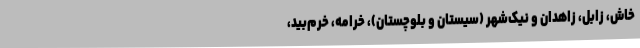
خاش، زابل، زاهدان و نیک‌شهر (سیستان و بلوچستان)، خرامه‌، خرم‌بید،